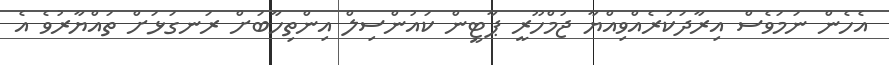
އެހެން ނަމަވެސް އިރާދަކުރެއްވިއްޔާ ޖުމްހޫރީ ޕާޓީން ކައުންސިލް އިންތިހާބަށް ރަނގަޅަށް ތައްޔާރުވެ އެ